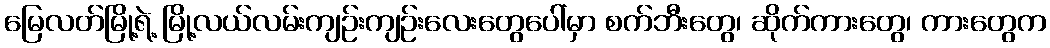
မြေလတ်မြို့ရဲ့ မြို့လယ်လမ်းကျဉ်းကျဉ်းလေးတွေပေါ်မှာ စက်ဘီးတွေ၊ ဆိုက်ကားတွေ၊ ကားတွေက